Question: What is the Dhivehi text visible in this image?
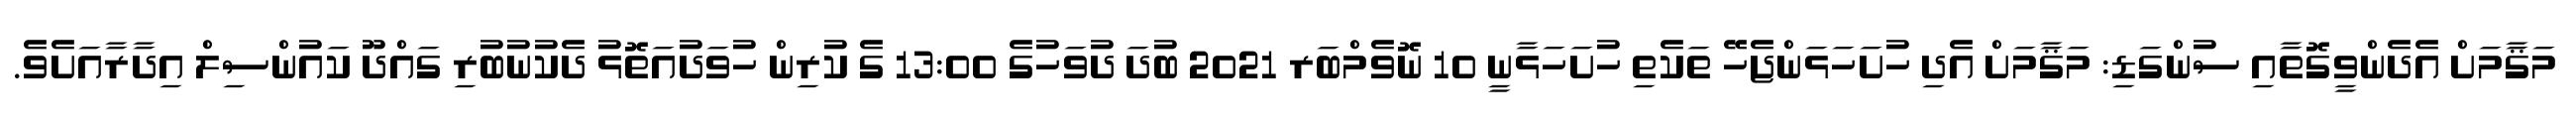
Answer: މަޤާމަށް އެދެންވީގޮތާއި ސުންގަޑި: މަޤާމަށް އެދި ހުށަހަޅަންޖެހޭ ތަކެތި ހުށަހަޅާނީ 10 ނޮވެމްބަރ 2021 ބުދަ ދުވަހުގެ 13:00 ގެ ކުރިން ހުވަދުއަތޮޅު ދެކުނުބުރި ގައްދޫ ކައުންސިލް އިދާރާއަށެވެ.